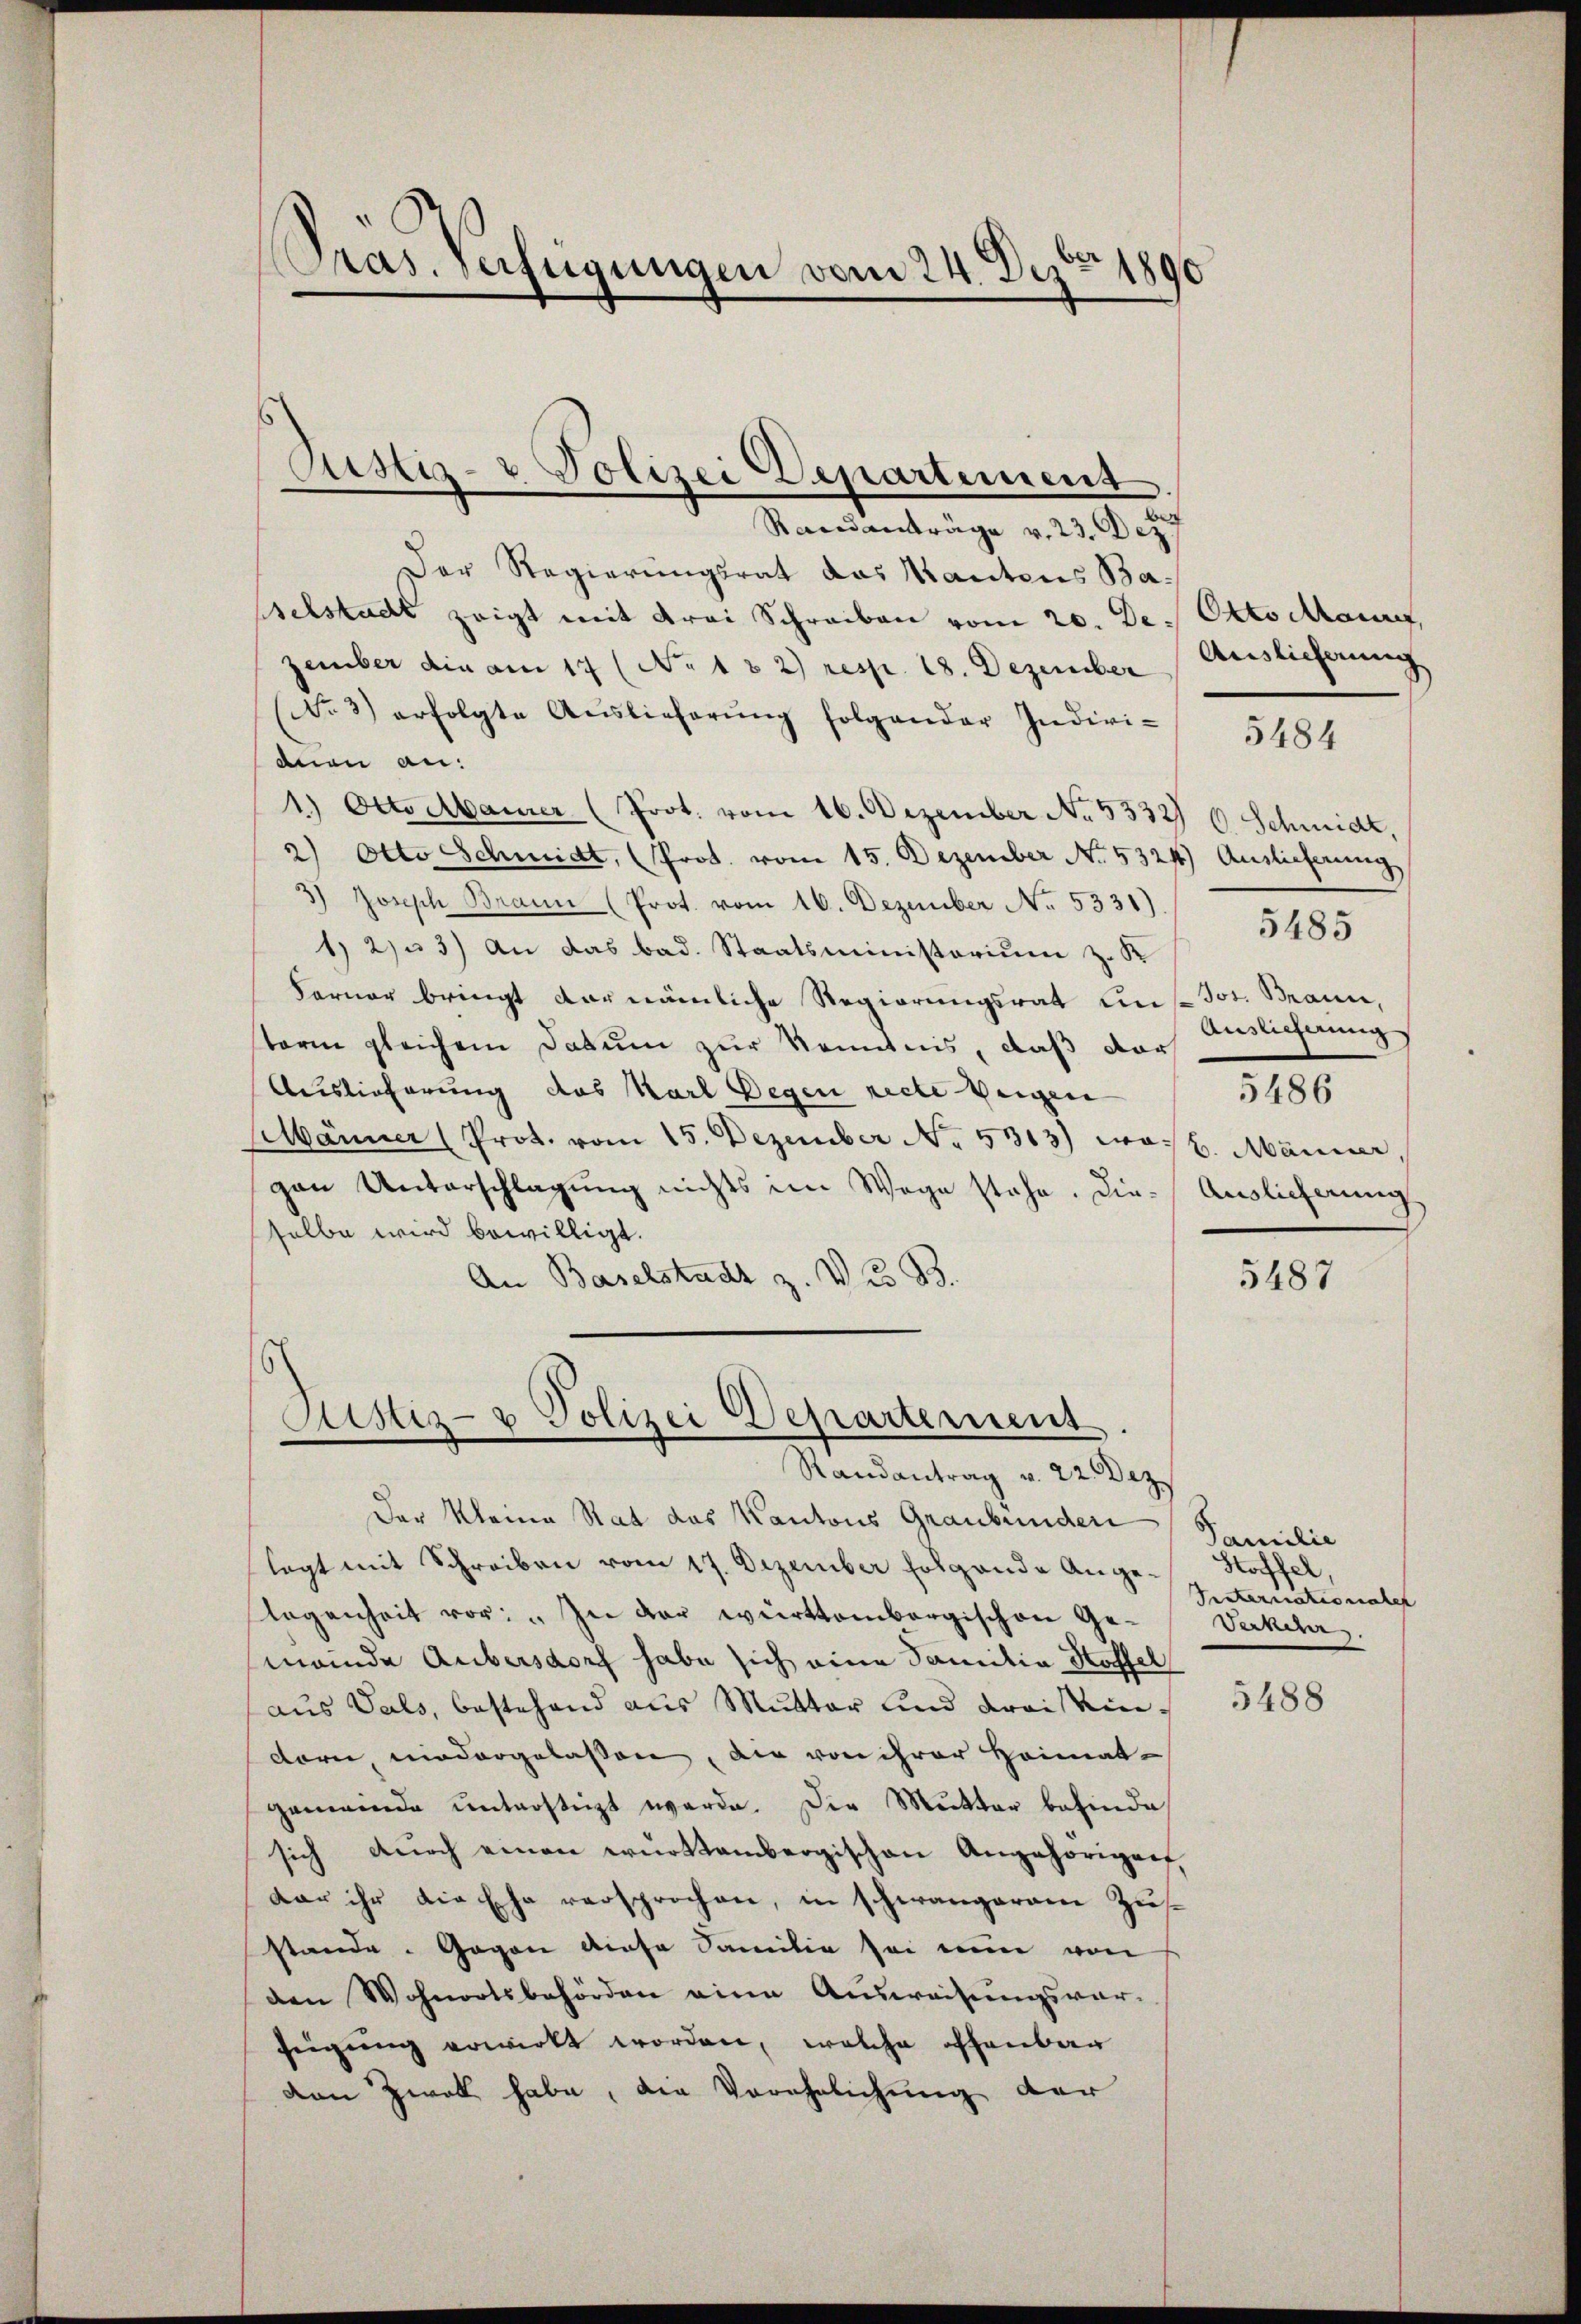
Pras. Verfügungen vom 24. Dez. 1890

Ristiz- & Polizei Departement

Randanträge v. 23. Dez
Der Regierungsrat das Kautens Baselstadt zeigt mit Krai Schreiben vom 20. De
gember die am 17 (No 132) resp. 18. Dezember
Nr. 3) erfolgte Aŭslieferŭng folgender Indivi-
dien an:
1.) Otto dauer (Prot. vom 16. Dezember No. 5333. 6. Schmidt,
2) Otto Schmidt, (Prot. vom 15. Dezember No. 5321) Auslieferung
3) Joseph Braun (Prot. vom 16. Dezember No. 5331). / 5485
1) 2) 3) An das bad. Staatsministerium z. K
Ferner bringt vornämliche Regierungsrat Eins Jos. Brann,
Auslieferung
sterm gleichem Datum zur Kenntnis, daß dar
Auslieferung des Karl Degen reche wenigen
5486
sänner (Prot. vom 15. Dezember No. 5313) was l. Marier,
gan Unterschlagung nichts im Wege stehe. Die Auslieferung
selbe wird bewilligt.
An Baselstadt z. V. B.
5487

Ristiz- & Polizei Departement.
Randantrag v. 22. Dez

Der Kleine Rat das Kantons Graubünden
lagt mit Schreiben vom 17. Dezember folgende Angelegenheit vor: „In der württembergischen Gemeinde Aubersdorf habe sich eine Sanitia Hoffel
aus Vals, bestehend aus Mutter und Krais eindorn, niedergelassen, die von ihrer Heimatgemeinde unterstüzt werde. Die Mutter befinde
sich durch einen württembergischen Angehöriger
dar ihr die Ehe versprochen, in schwängerem Zusstande. Gegen diese Familie sei eine von
den Wohnortsbehörden eine Ausweisungsvor-
feigung erwirkt worden, welche offenbar
den Zwek habe, die Verehelichung der

Otto dann,
Auslieferung

5484

Familie
Stoffel,
Seaternationaler
Verdar

5488